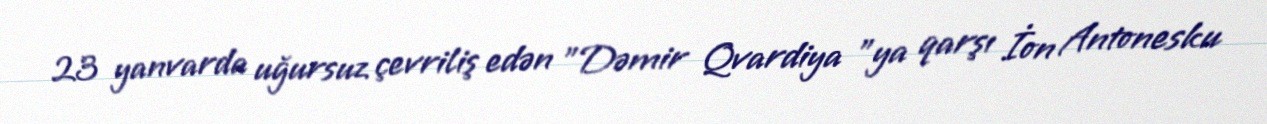
23 yanvarda uğursuz çevriliş edən "Dəmir Qvardiya "ya qarşı İon Antonesku